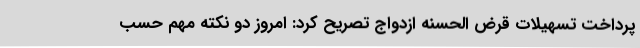
پرداخت تسهیلات قرض الحسنه ازدواج تصریح کرد: امروز دو نکته مهم حسب